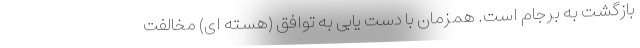
بازگشت به برجام است. همزمان با دست یابی به توافق (هسته ای) مخالفت